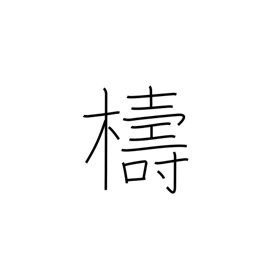
Meaning: ignorant